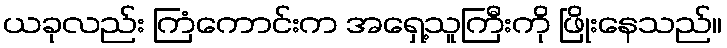
ယခုလည်း ကြံကောင်းက အရှေ့သူကြီးကို ဖြိုးနေသည်။